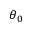
\theta _ { 0 }